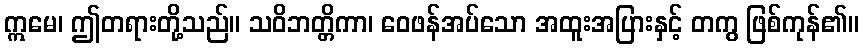
ဣမေ၊ ဤတရားတို့သည်။ သဝိဘတ္တိကာ၊ ဝေဖန်အပ်သော အထူးအပြားနှင့် တကွ ဖြစ်ကုန်၏။